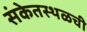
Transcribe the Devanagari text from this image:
संकेतस्थळची